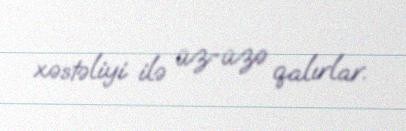
xəstəliyi ilə üz-üzə qalırlar.